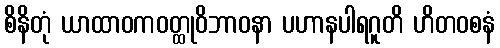
စိနိတုံ ယာထာဝကဝတ္ထုဝိဘာဝနာ ပဟာနပါရဂူတိ ဟိတဝစနံ